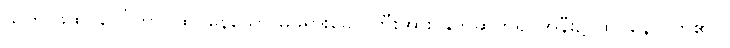
သူက ဖထိုင်ပေါ်တွင် ထိုင်နေသော မိဖုရားခေါင်ကြီးအား နှုတ်ဆက်၍ အနီး၌ ထိုင်နေလိုက်၏ ။